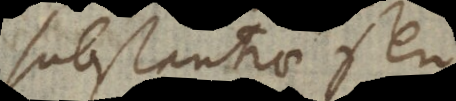
substantiae seu